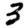
Digit: 3